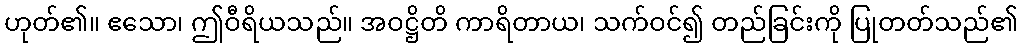
ဟုတ်၏။ ဧသော၊ ဤဝီရိယသည်။ အဝဋ္ဌိတိ ကာရိတာယ၊ သက်ဝင်၍ တည်ခြင်းကို ပြုတတ်သည်၏